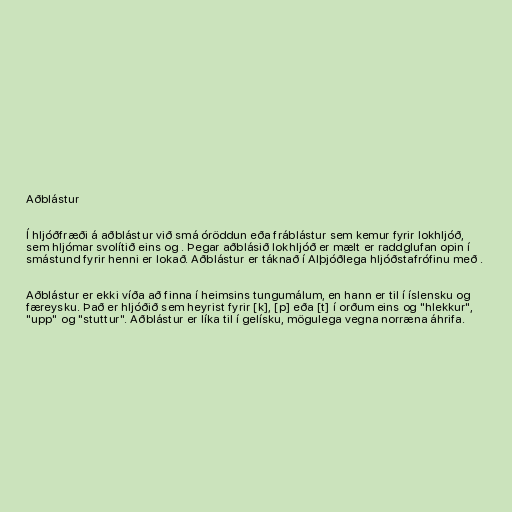
Aðblástur

Í hljóðfræði á aðblástur við smá óröddun eða fráblástur sem kemur fyrir lokhljóð,
sem hljómar svolítið eins og . Þegar aðblásið lokhljóð er mælt er raddglufan opin í
smástund fyrir henni er lokað. Aðblástur er táknað í Alþjóðlega hljóðstafrófinu með .

Aðblástur er ekki víða að finna í heimsins tungumálum, en hann er til í íslensku og
færeysku. Það er hljóðið sem heyrist fyrir [k], [p] eða [t] í orðum eins og "hlekkur",
"upp" og "stuttur". Aðblástur er líka til í gelísku, mögulega vegna norræna áhrifa.